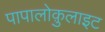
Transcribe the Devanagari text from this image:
पापालोक़ुलाइट